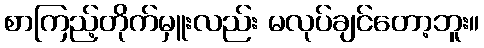
စာကြည့်တိုက်မှူးလည်း မလုပ်ချင်တော့ဘူး။